Technical education in continuation classes, 1936
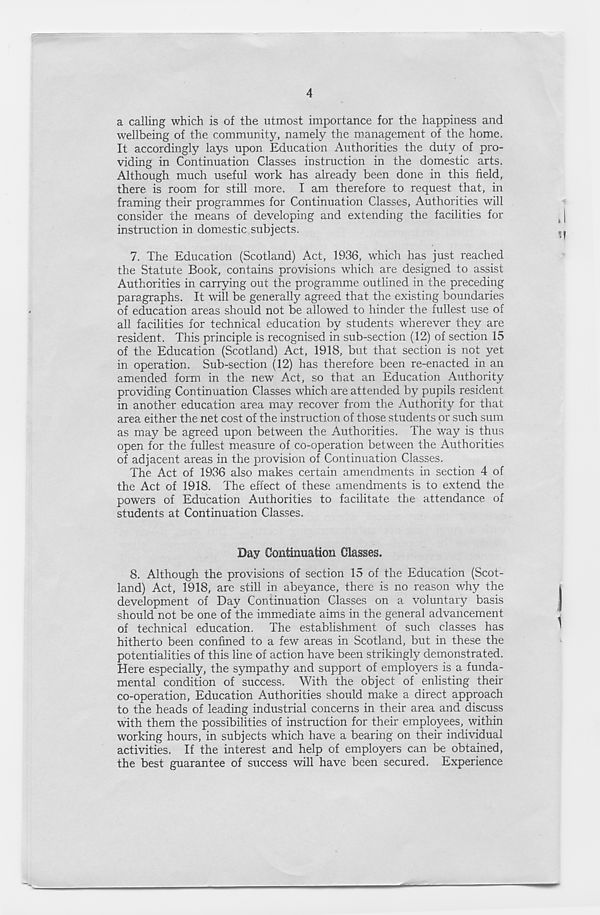
4
a calling which is of the utmost importance for the happiness and
wellbeing of the community, namely the management of the home.
It accordingly lays upon Education Authorities the duty of pro-
viding in Continuation Classes instruction in the domestic arts.
Although much useful work has already been done in this field,
there is room for still more. I am therefore to request that, in
framing their programmes for Continuation Classes, Authorities will
consider the means of developing and extending the facilities for
instruction in domestic subjects.
7. The Education (Scotland) Act, 1936, which has just reached
the Statute Book, contains provisions which are designed to assist
Authorities in carrying out the programme outlined in the preceding
paragraphs. It will be generally agreed that the existing boundaries
of education areas should not be allowed to hinder the fullest use of
all facilities for technical education by students wherever they are
resident. This principle is recognised in sub-section (12) of section 15
of the Education (Scotland) Act, 1918, but that section is not yet
in operation. Sub-section (12) has therefore been re-enacted in an
amended form in the new Act, so that an Education Authority
providing Continuation Classes which are attended by pupils resident
in another education area may recover from the Authority for that
area either the net cost of the instruction of those students or such sum
as may be agreed upon between the Authorities. The way is thus
open for the fullest measure of co-operation between the Authorities
of adjacent areas in the provision of Continuation Classes.
The Act of 1936 also makes certain amendments in section 4 of
the Act of 1918. The effect of these amendments is to extend the
powers of Education Authorities to facilitate the attendance of
students at Continuation Classes.
Day Continuation Classes.
8. Although the provisions of section 15 of the Education (Scot-
land) Act, 1918, are still in abeyance, there is no reason why the
development of Day Continuation Classes on a voluntary basis
should not be one of the immediate aims in the general advancement
of technical education. The establishment of such classes has
hitherto been confined to a few areas in Scotland, but in these the
potentialities of this line of action have been strikingly demonstrated.
Here especially, the sympathy and support of employers is a funda-
mental condition of success. With the object of enlisting their
co-operation, Education Authorities should make a direct approach
to the heads of leading industrial concerns in their area and discuss
with them the possibilities of instruction for their employees, within
working hours, in subjects which have a bearing on their individual
activities. If the interest and help of employers can be obtained,
the best guarantee of success will have been secured. Experience